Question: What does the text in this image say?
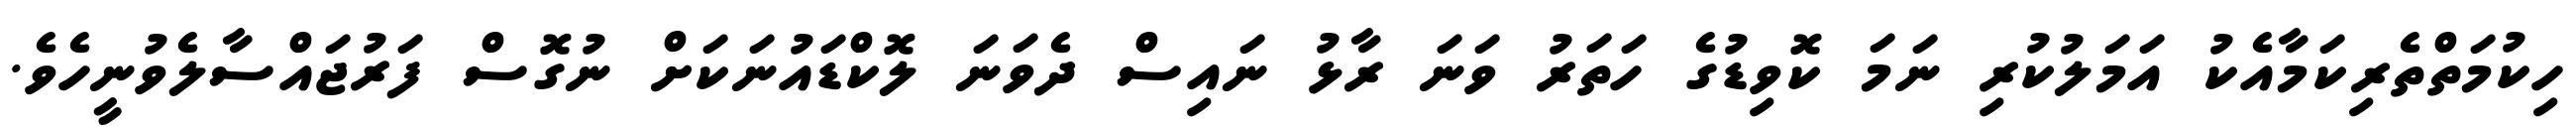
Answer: ހިކުމަތްތެރިކަމާއެކު އަމަލުކުރި ނަމަ ކޮވިޑުގެ ހަތަރު ވަނަ ރާޅު ނައިސް ދެވަނަ ލޮކްޑައުނަކަށް ނުގޮސް ފަރުޖައްސާލެވުނީހެވެ.